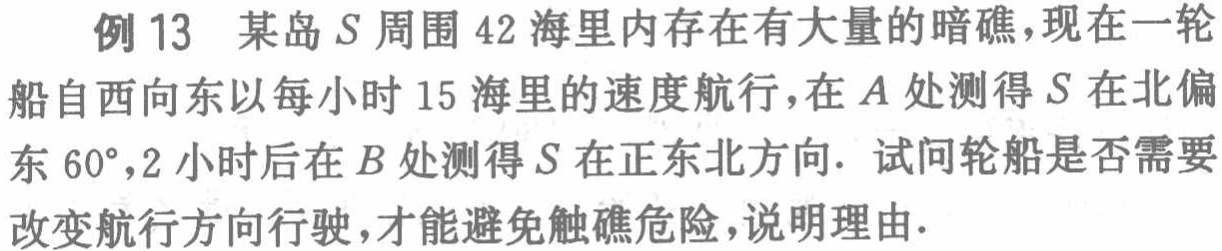
例13 某岛\(S\)周围\(42\)海里内存在有大量的暗礁，现在一轮船自西向东以每小时\(15\)海里的速度航行，在\(A\)处测得\(S\)在北偏东\(60^{\circ}\)，\(2\)小时后在\(B\)处测得\(S\)在正东北方向. 试问轮船是否需要改变航行方向行驶，才能避免触礁危险，说明理由.